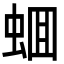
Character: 蜖